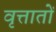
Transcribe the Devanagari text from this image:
वृत्तातों